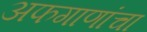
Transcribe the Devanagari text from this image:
अफगाणांचा